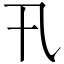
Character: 卂